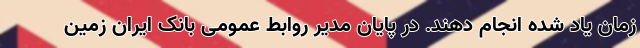
زمان یاد شده انجام دهند. در پایان مدیر روابط عمومی بانک ایران زمین